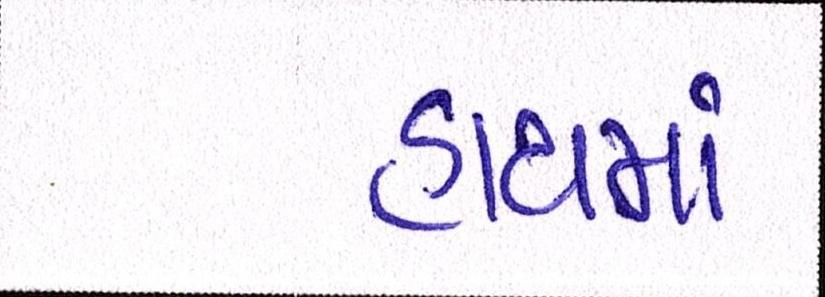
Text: હાથમાં